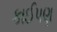
કાઈપણ